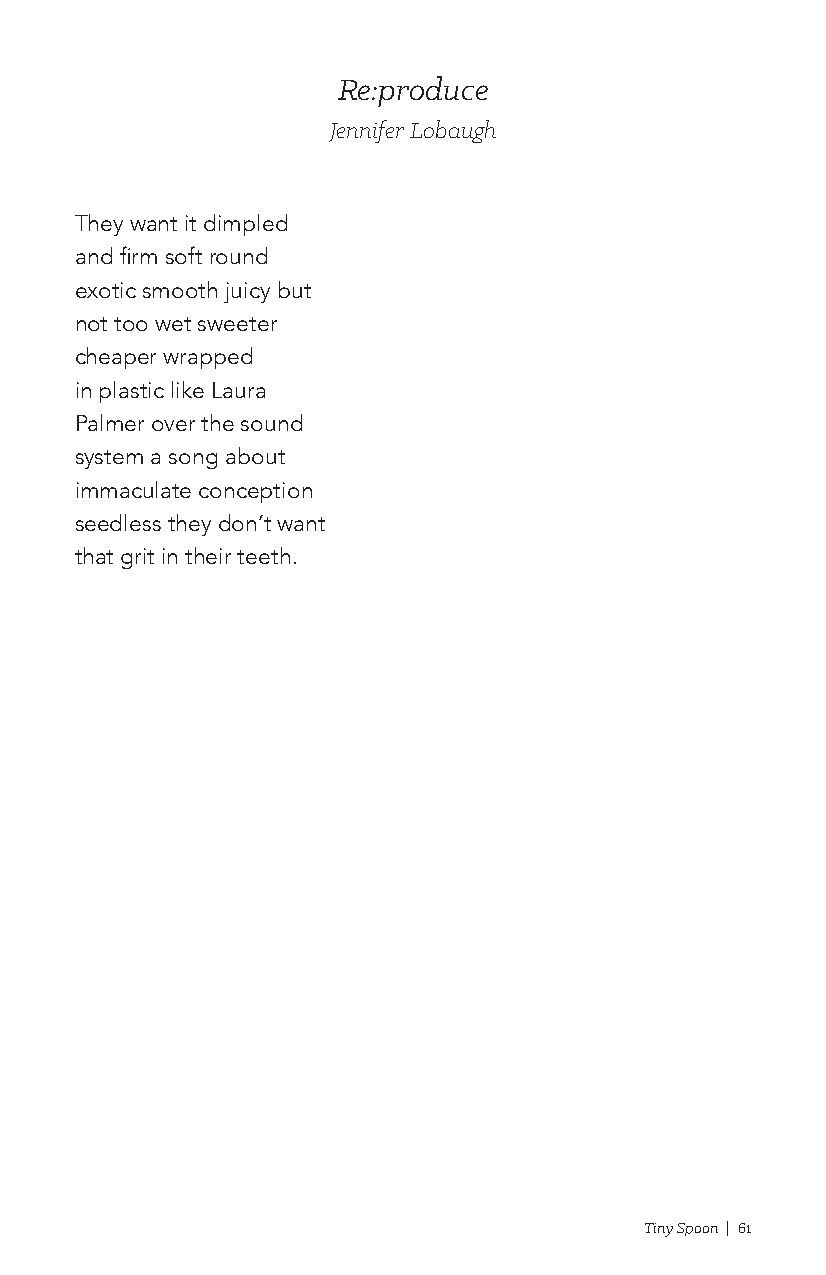
Re:produce
 Jennifer Lobaugh
 They want it dimpled
 and firm soft round
 exotic smooth juicy but
 not too wet sweeter
 cheaper wrapped
 in plastic like Laura
 Palmer over the sound
 system a song about
 immaculate conception
 seedless they don’t want
 that grit in their teeth.
 Tiny Spoon | 61